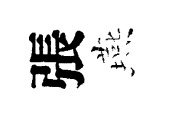
張燕